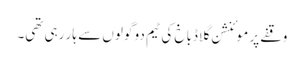
وقفے پر موئنشن گلاڈباخ کی ٹیم دو گولوں سے ہار رہی تھی۔